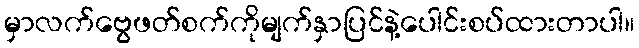
မှာလက်ဗွေဖတ်စက်ကိုမျက်နှာပြင်နဲ့ပေါင်းစပ်ထားတာပါ။